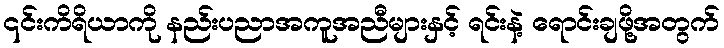
၎င်းကိရိယာကို နည်းပညာအကူအညီများနှင့် ရင်းနဲ့ ရောင်းချဖို့အတွက်